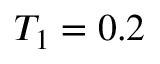
T _ { 1 } = 0 . 2